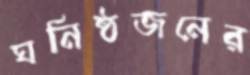
ঘনিষ্ঠজনের